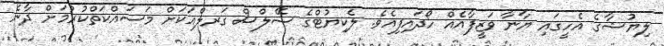
ލިޔުޝާގެ އެހީގައި ޔާނާ ވަޒީފާއެއް ހޯދައިފިއެވެ. ލެކިޔުޓްގެ ސޭލްސް ގަރލްއަކަށް މަސައްކަތްކުރުމަށް ދާނެ